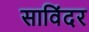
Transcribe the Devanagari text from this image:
साविंदर